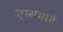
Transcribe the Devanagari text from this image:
एम्समध्ये